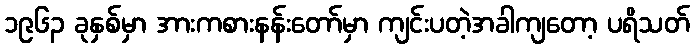
၁၉၆၃ ခုနှစ်မှာ အားကစားနန်းတော်မှာ ကျင်းပတဲ့အခါကျတော့ ပရိသတ်